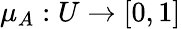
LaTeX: \mu_{A}:U\to[0,1]